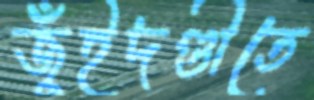
জুঁইদণ্ডীতে